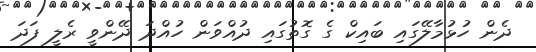
ދެން ހުޅުމާލޭގައި ބައިކް ގެ ގޮތުގައި ދުއްވަން ހުއްދަ ދޭންވީ ރެލީ ފަދަ